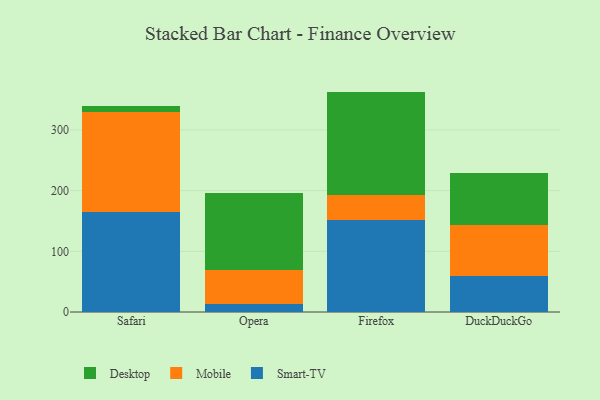
{"axis": {"x": "Browser", "y": "Shipments"}, "legend": ["Desktop", "Mobile", "Smart-TV"], "data": [{"x": "Safari", "y": 164.4, "type": "Smart-TV"}, {"x": "Safari", "y": 165.8, "type": "Mobile"}, {"x": "Safari", "y": 9.0, "type": "Desktop"}, {"x": "Opera", "y": 12.9, "type": "Smart-TV"}, {"x": "Opera", "y": 56.5, "type": "Mobile"}, {"x": "Opera", "y": 126.4, "type": "Desktop"}, {"x": "Firefox", "y": 151.8, "type": "Smart-TV"}, {"x": "Firefox", "y": 41.6, "type": "Mobile"}, {"x": "Firefox", "y": 169.7, "type": "Desktop"}, {"x": "DuckDuckGo", "y": 58.8, "type": "Smart-TV"}, {"x": "DuckDuckGo", "y": 85.3, "type": "Mobile"}, {"x": "DuckDuckGo", "y": 85.1, "type": "Desktop"}]}